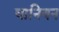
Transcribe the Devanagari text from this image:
घानियन